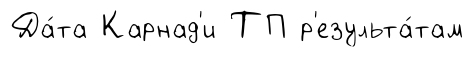
Да́та Карнад'и ТП р'езульта́там